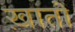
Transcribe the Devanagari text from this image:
ख़ातों